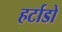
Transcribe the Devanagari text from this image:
हर्टाडो